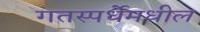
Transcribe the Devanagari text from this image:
गतस्पर्धेमधील